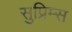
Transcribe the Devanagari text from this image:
सुप्रिम्स